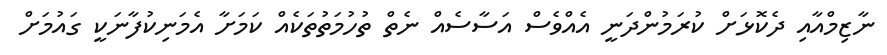
ނާޒިމްއާއި ދެކޮޅަށް ކުރަމުންދަނީ އެއްވެސް އަސާސެއް ނެތް ތުހުމަތުތަކެއް ކަމަށާ އެމަނިކުފާނަކީ ގައުމަށް